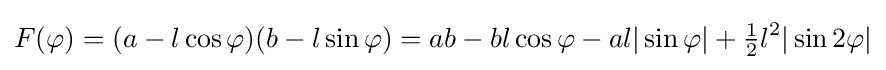
F(\varphi )=(a-l\cos \varphi )(b-l\sin \varphi )=ab-bl\cos \varphi -al|\sin \varphi |+{\tfrac {1}{2}}l^{2}|\sin 2\varphi |